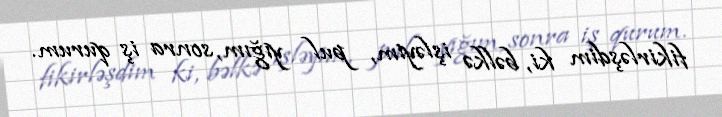
fikirləşdim ki, bəlkə işləyim, pul yığım, sonra iş qurum.